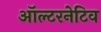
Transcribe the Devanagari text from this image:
ऑल्‍टरनेटिव